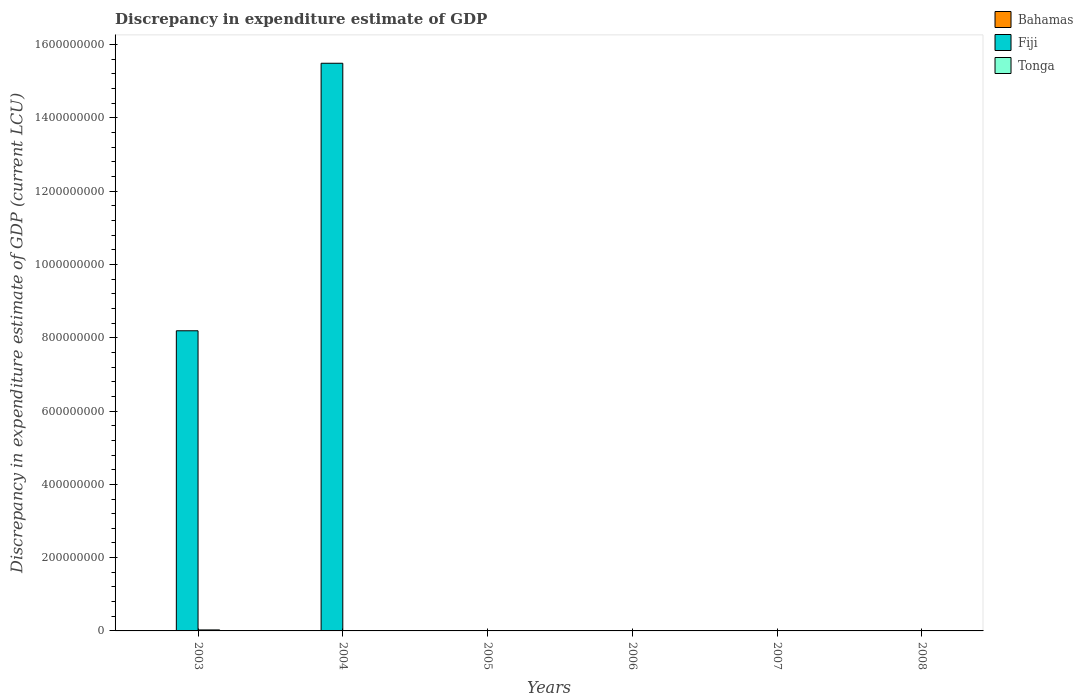
| Years | Bahamas | Fiji | Tonga |
 | --- | --- | --- | --- |
 | 2003 | 7e+03 | 8.19e+08 | 2.73e+06 |
 | 2004 | 3e+03 | 1.55e+09 | -8.46e+06 |
 | 2005 | 1.2e+04 | -9.9e+06 | -1.99e+06 |
 | 2006 | 8e+03 | -9.24e+07 | -6.28e+05 |
 | 2007 | -4e+03 | -1.55e+08 | -2.68e+07 |
 | 2008 | -6e+04 | -3.15e+08 | -2.25e+07 |